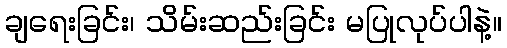
ချရေးခြင်း၊ သိမ်းဆည်းခြင်း မပြုလုပ်ပါနဲ့။